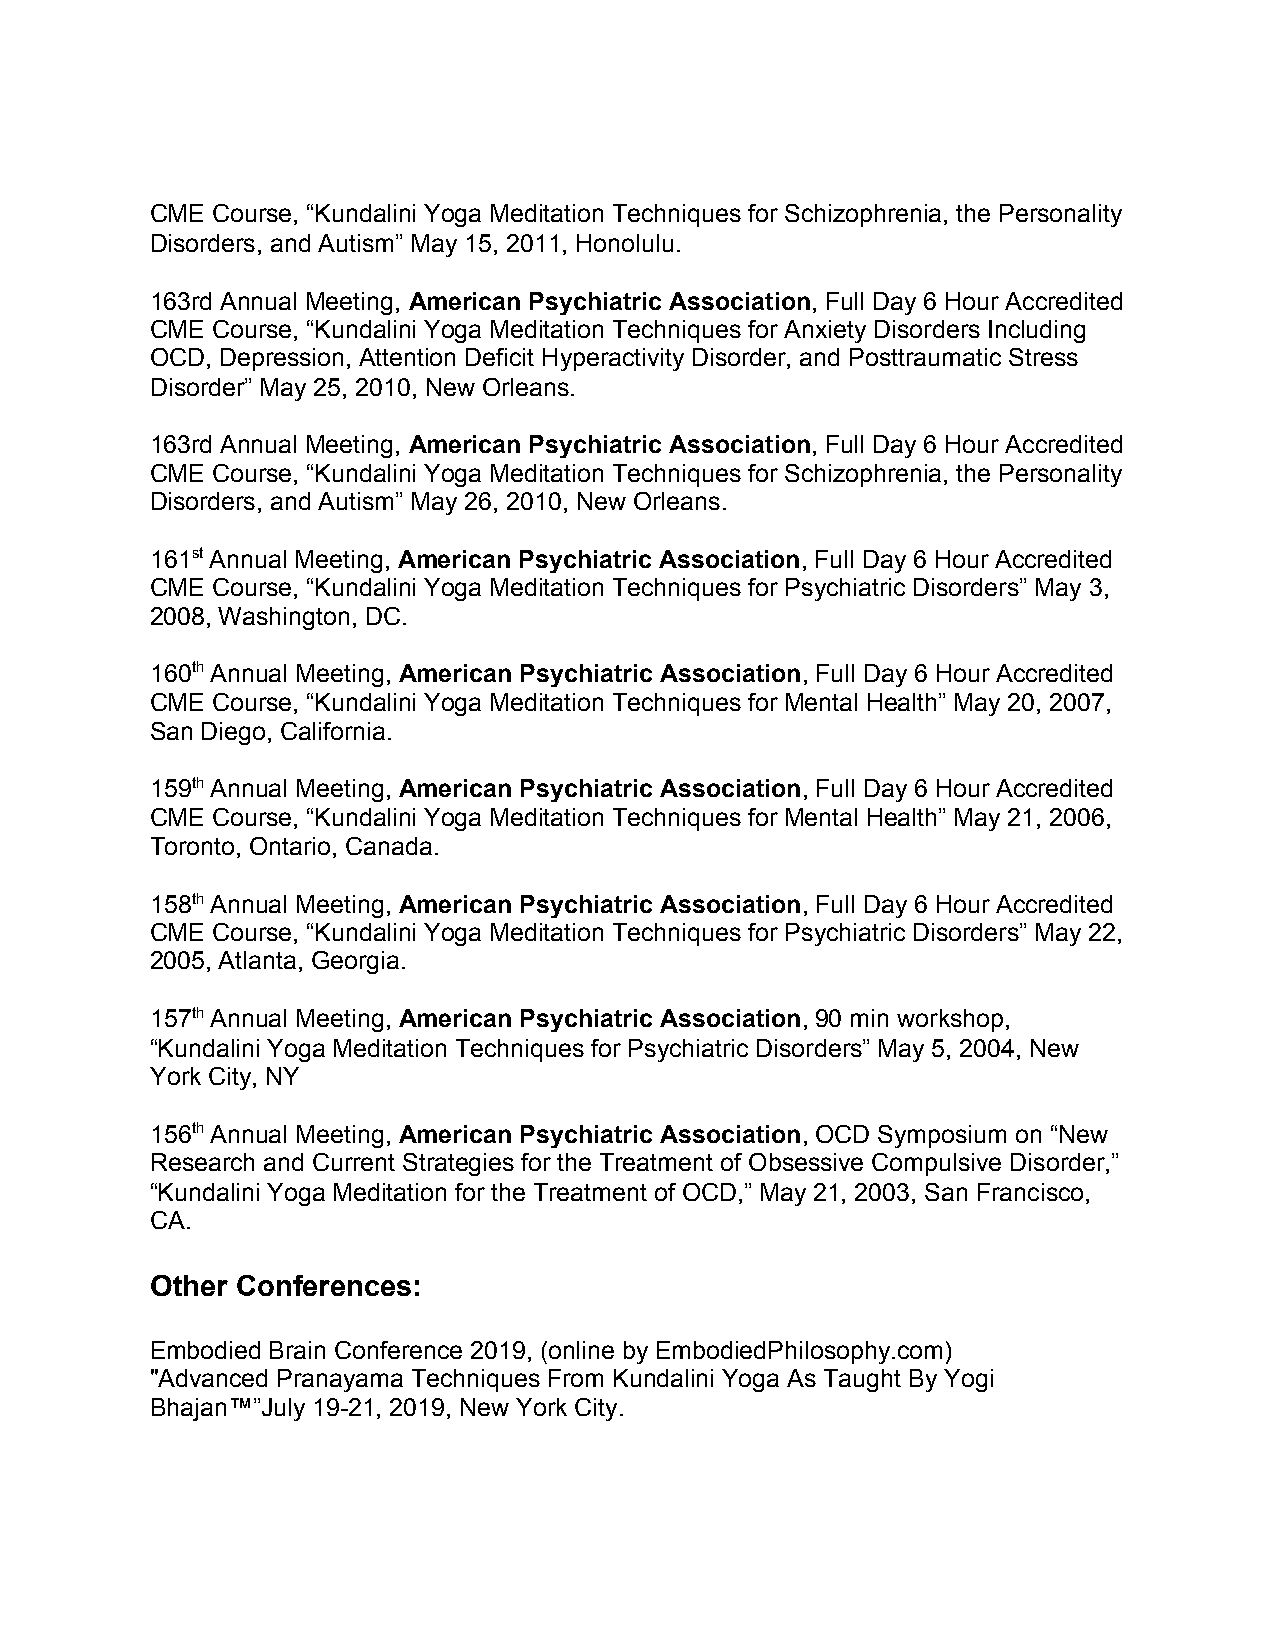
CME Course, “Kundalini Yoga Meditation Techniques for Schizophrenia, the Personality
 Disorders, and Autism” May 15, 2011, Honolulu.
 163rd Annual Meeting, American Psychiatric Association, Full Day 6 Hour Accredited
 ​                          ​
 CME Course, “Kundalini Yoga Meditation Techniques for Anxiety Disorders Including
 OCD, Depression, Attention Deficit Hyperactivity Disorder, and Posttraumatic Stress
 Disorder” May 25, 2010, New Orleans.
 163rd Annual Meeting, American Psychiatric Association, Full Day 6 Hour Accredited
 ​                          ​
 CME Course, “Kundalini Yoga Meditation Techniques for Schizophrenia, the Personality
 Disorders, and Autism” May 26, 2010, New Orleans.
 161st Annual Meeting, American Psychiatric Association, Full Day 6 Hour Accredited
 ​
 ​            ​                          ​
 CME Course, “Kundalini Yoga Meditation Techniques for Psychiatric Disorders” May 3,
 2008, Washington, DC.
 160th Annual Meeting, American Psychiatric Association, Full Day 6 Hour Accredited
 ​
 ​            ​                          ​
 CME Course, “Kundalini Yoga Meditation Techniques for Mental Health” May 20, 2007,
 San Diego, California.
 159th Annual Meeting, American Psychiatric Association, Full Day 6 Hour Accredited
 ​
 ​            ​                          ​
 CME Course, “Kundalini Yoga Meditation Techniques for Mental Health” May 21, 2006,
 Toronto, Ontario, Canada.
 158th Annual Meeting, American Psychiatric Association, Full Day 6 Hour Accredited
 ​
 ​            ​                          ​
 CME Course, “Kundalini Yoga Meditation Techniques for Psychiatric Disorders” May 22,
 2005, Atlanta, Georgia.
 157th Annual Meeting, American Psychiatric Association, 90 min workshop,
 ​
 ​            ​                          ​
 “Kundalini Yoga Meditation Techniques for Psychiatric Disorders” May 5, 2004, New
 York City, NY
 156th Annual Meeting, American Psychiatric Association, OCD Symposium on “New
 ​
 ​            ​                          ​
 Research and Current Strategies for the Treatment of Obsessive Compulsive Disorder,”
 “Kundalini Yoga Meditation for the Treatment of OCD,” May 21, 2003, San Francisco,
 CA.
 Other Conferences:
 Embodied Brain Conference 2019, (online by EmbodiedPhilosophy.com)
 "Advanced Pranayama Techniques From Kundalini Yoga As Taught By Yogi
 Bhajan™”July 19-21, 2019, New York City.